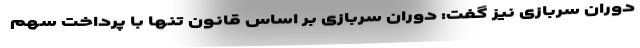
دوران سربازی نیز گفت: دوران سربازی بر اساس قانون تنها با پرداخت سهم